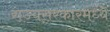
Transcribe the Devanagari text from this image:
राज्यसरकारमध्ये